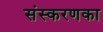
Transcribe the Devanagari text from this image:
संस्‍करणका